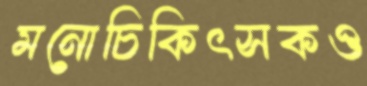
মনোচিকিৎসকও